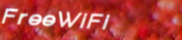
FreeWiFi